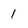
Character: 1